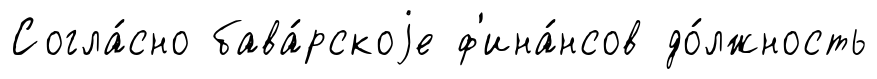
Согла́сно бава́рскоjе ф'ина́нсов до́лжность